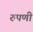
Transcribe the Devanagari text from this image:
रुपणी